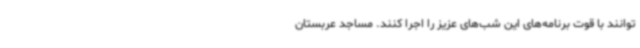
‌توانند با قوت برنامه‌های این شب‌های عزیز را اجرا کنند. مساجد عربستان